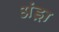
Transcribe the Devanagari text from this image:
अंड्रा